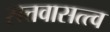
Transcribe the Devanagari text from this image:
सत्तवासत्त्व